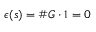
\epsilon ( s ) = \# G \cdot 1 = 0